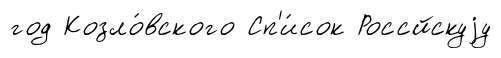
год Козло́вского Сп'и́сок Россйскуjу